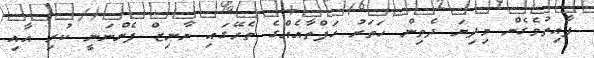
ފާއިތުވެގެން މިދިޔަ ދެތިން ހަތަރު ހަފްތާއެއްގެ ތެރޭގައި ޔާނިޒް ފެންނަނީ ކުރި އާއި